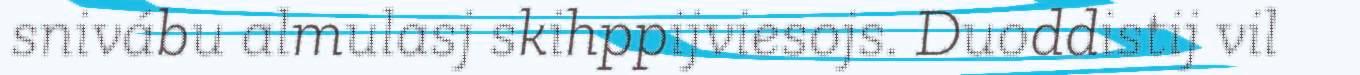
snivábu almulasj skihppijviesojs. Duoddistij vil